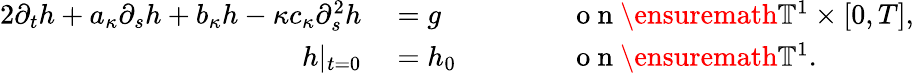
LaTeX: \begin{array}{rlrl}{{2}\partial_{t}h+a_{\kappa}\partial_{s}h+b_{\kappa}h-\kappa c_{\kappa}\partial_{s}^{2}h}&{{}=g}&{\qquad}&{{}\mathrm{~o~n~}\ensuremath{\mathbb{T}}^{1}\times[0,T],}\\ {h|_{t=0}}&{{}=h_{0}}&{}&{{}\mathrm{~o~n~}\ensuremath{\mathbb{T}}^{1}.}\end{array}